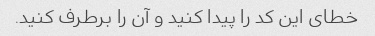
خطای این کد را پیدا کنید و آن را برطرف کنید.